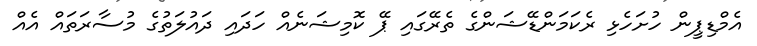
އެމްޑިޕީން ހުށަހެޅި ރެކަމަންޑޭޝަންގެ ތެރޭގައި ޕޭ ކޮމިޝަނެއް ހަދައި ދައުލަތުގެ މުސާރަތައް އެއް